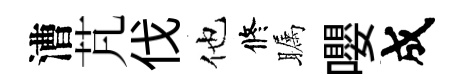
漕芃伐他修瞩嚶成